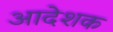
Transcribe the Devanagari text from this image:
आदेशक